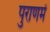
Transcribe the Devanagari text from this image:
पुराणमें